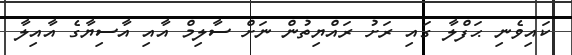
ކައިވެނި ޙަފްލާ ގައި ރަށު ރައްޔިތުން ނަށް ސާލިމް އާއި އާސިޔާގެ އާއިލާ